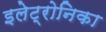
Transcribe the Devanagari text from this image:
इलेट्रोनिका